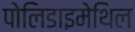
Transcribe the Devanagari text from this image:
पोलिडाइमेथिल